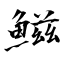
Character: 鰦